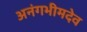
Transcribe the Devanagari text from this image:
अनंगभीमदेव